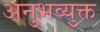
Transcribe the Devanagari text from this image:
अनुभव्युक्त